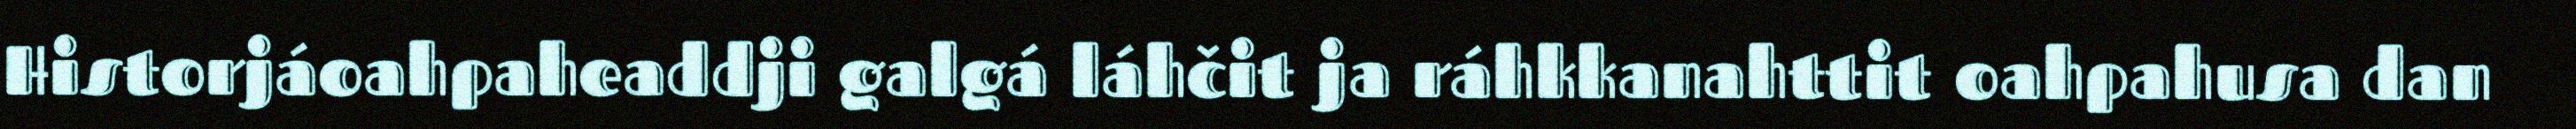
Historjáoahpaheaddji galgá láhčit ja ráhkkanahttit oahpahusa dan